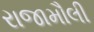
રાજામૌલી